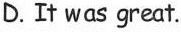
D.It was great.